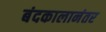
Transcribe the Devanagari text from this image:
बंदकालानंतर